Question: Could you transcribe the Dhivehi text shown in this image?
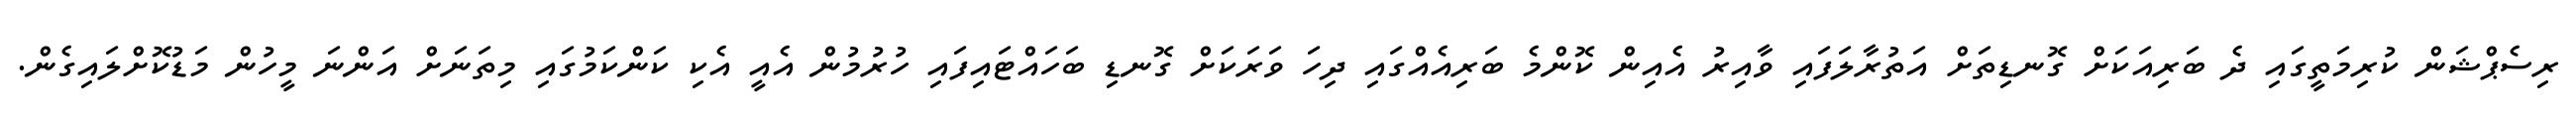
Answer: ރިސެޕްޝަން ކުރިމަތީގައި ދެ ބަރިއަކަށް ގޮނޑިތަށް އަތުރާލަފައި ވާއިރު އެއިން ކޮންމެ ބަރިއެއްގައި ދިހަ ވަރަކަށް ގޮނޑި ބަހައްޓައިފައި ހުރުމުން އެއީ އެކި ކަންކަމުގައި މިތަނަށް އަންނަ މީހުން މަޑުކޮށްލައިގެން.